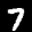
Label: 7